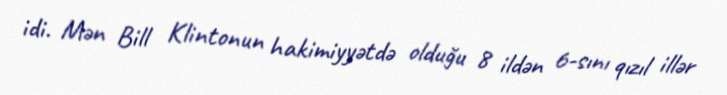
idi. Mən Bill Klintonun hakimiyyətdə olduğu 8 ildən 6-sını qızıl illər